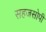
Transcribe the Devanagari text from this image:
सहजसोपी